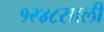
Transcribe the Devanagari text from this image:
१९४८साली